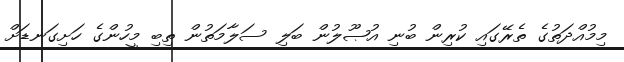
މިމުއްދަތުގެ ތެރޭގައި ކުރިން ބުނި އުޞޫލުން ބަލި ސަލާމަތުން ތިބި މީހުންގެ ހަށިގަނޑަށް